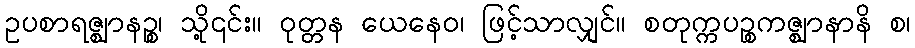
ဥပစာရဇ္ဈာနဉ္စ၊ သို့၎င်း။ ဝုတ္တန ယေနေဝ၊ ဖြင့်သာလျှင်။ စတုက္ကပဉ္စကဇ္ဈာနာနိ စ၊